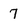
Character: 7